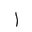
Letter: _alif